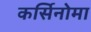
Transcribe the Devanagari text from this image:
कर्सिनोमा